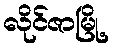
လိုင်ဇာမြို့